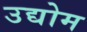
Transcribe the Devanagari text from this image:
उद्योम